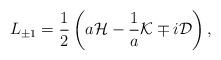
LaTeX: \begin{align*}L_{\pm 1}={1\over 2}\left(a{\cal H}-{1\over a}{\cal K}\mp i{\cal D}\right),\end{align*}